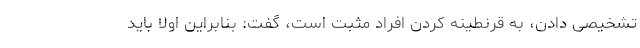
تشخیصی دادن، به قرنطینه کردن افراد مثبت است، گفت: بنابراین اولا باید